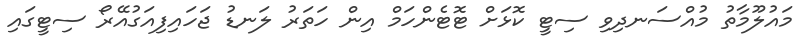
މައުލޫމާތު މުއްސަނދިވި ސިޓީ ކޮޅަށް ޓޮޓެންހަމް އިން ހަތަރު ލަނޑު ޖަހައިފިއަގުއޭރޯ ސިޓީގައި